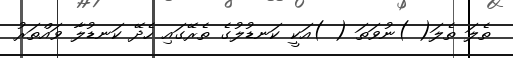
ތެލަ ތެލަ( )ނުވަތަ ( )އަކީ ކަނޑުލުގެ ތެރޭގައި ހެދޭ ކަނޑުލާ ވައްތަރު